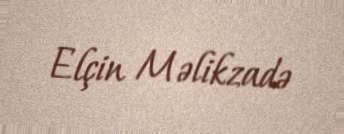
Elçin Məlikzadə